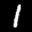
Label: 1